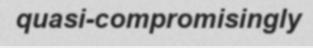
quasi-compromisingly